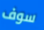
سوف